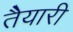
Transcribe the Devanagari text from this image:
तैेयारी